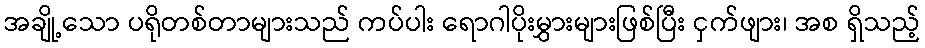
အချို့သော ပရိုတစ်တာများသည် ကပ်ပါး ရောဂါပိုးမွှားများဖြစ်ပြီး ငှက်ဖျား၊ အစ ရှိသည့်